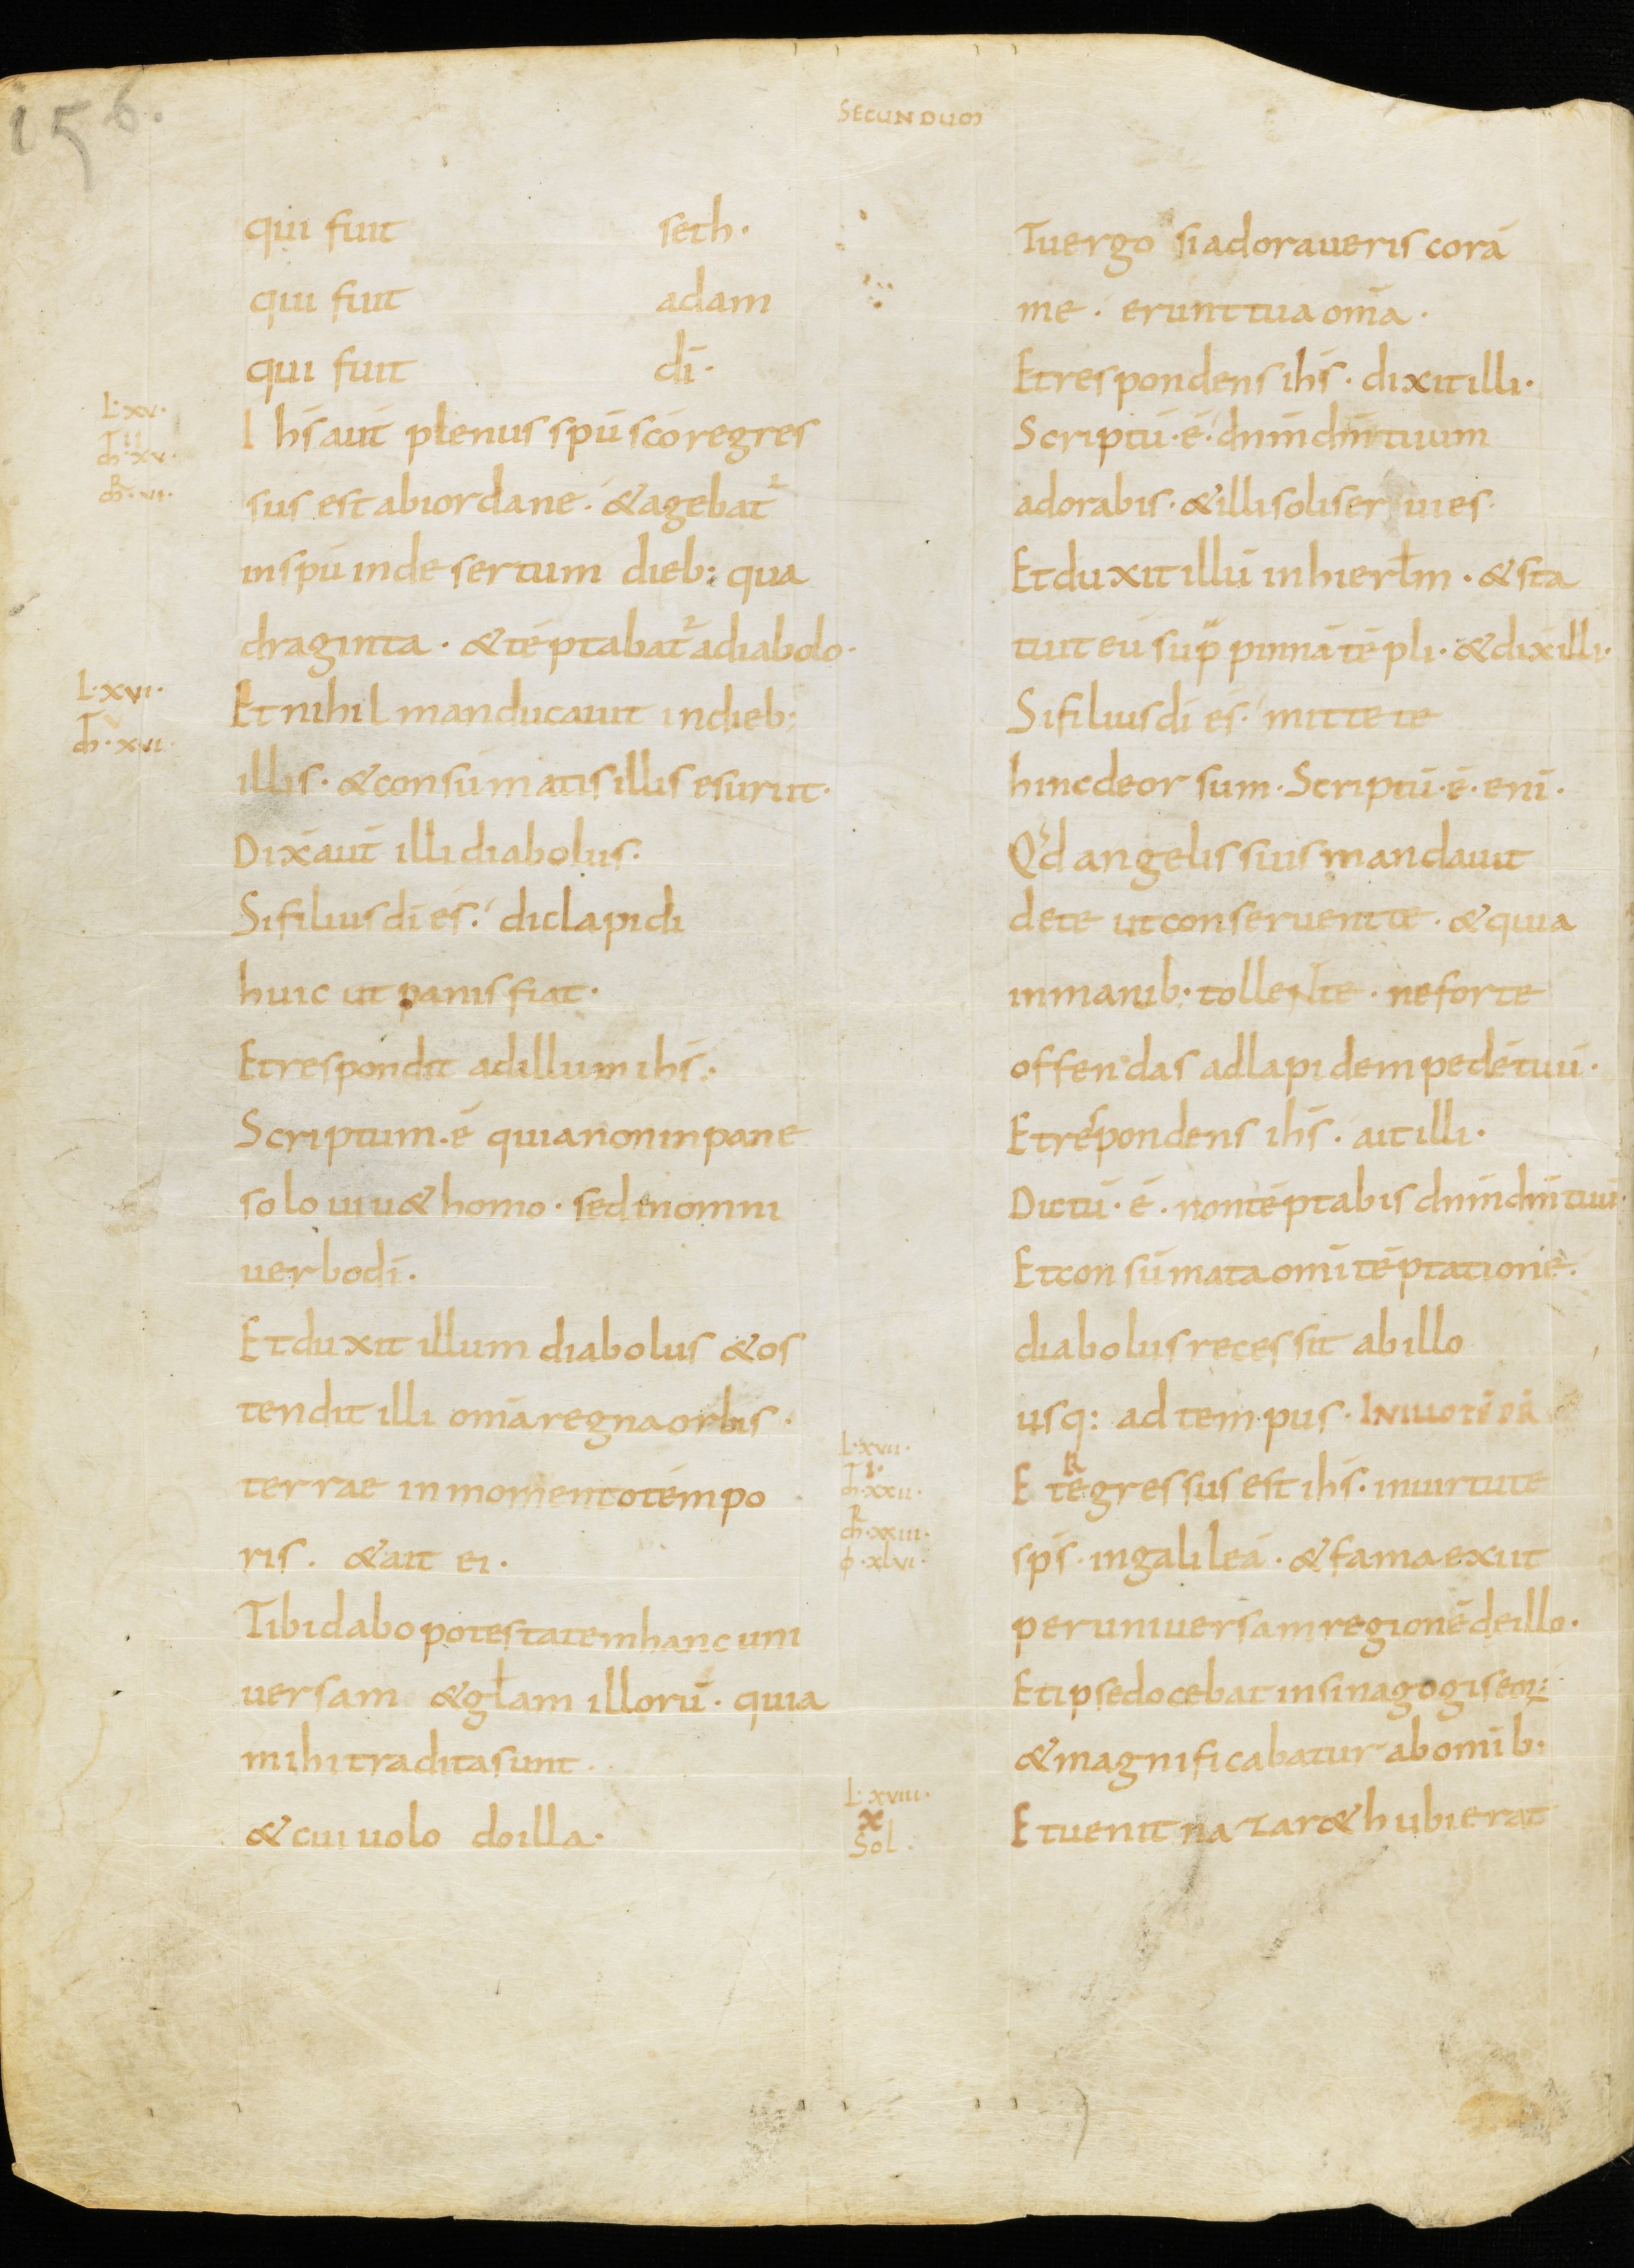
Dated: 800–899